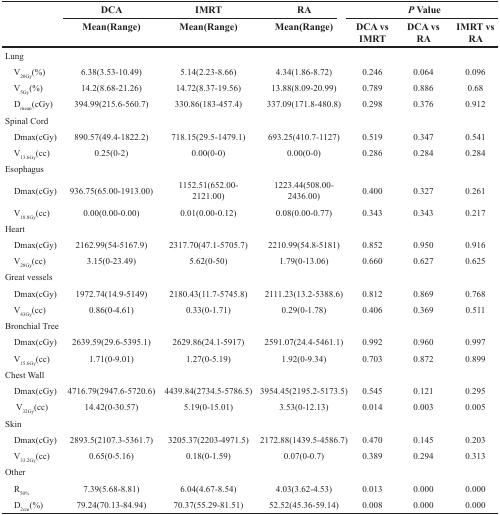
<table><thead><tr><td></td><td><b>DCA</b></td><td><b>IMRT</b></td><td><b>RA</b></td><td colspan="3"><b><i>P</i> Value</b></td></tr><tr><td></td><td><b>Mean(Range)</b></td><td><b>Mean(Range)</b></td><td><b>Mean(Range)</b></td><td><b>DCA vs IMRT</b></td><td><b>DCA vs RA</b></td><td><b>IMRT vs RA</b></td></tr></thead><tbody><tr><td>Lung</td><td></td><td></td><td></td><td></td><td></td><td></td></tr><tr><td> V<sub>20Gy</sub>(%)</td><td>6.38(3.53-10.49)</td><td>5.14(2.23-8.66)</td><td>4.34(1.86-8.72)</td><td>0.246</td><td>0.064</td><td>0.096</td></tr><tr><td> V<sub>5Gy</sub>(%)</td><td>14.2(8.68-21.26)</td><td>14.72(8.37-19.56)</td><td>13.88(8.09-20.99)</td><td>0.789</td><td>0.886</td><td>0.68</td></tr><tr><td> D<sub>mean</sub>(cGy)</td><td>394.99(215.6-560.7)</td><td>330.86(183-457.4)</td><td>337.09(171.8-480.8)</td><td>0.298</td><td>0.376</td><td>0.912</td></tr><tr><td>Spinal Cord</td><td></td><td></td><td></td><td></td><td></td><td></td></tr><tr><td> Dmax(cGy)</td><td>890.57(49.4-1822.2)</td><td>718.15(29.5-1479.1)</td><td>693.25(410.7-1127)</td><td>0.519</td><td>0.347</td><td>0.541</td></tr><tr><td> V<sub>13.6Gy</sub>(cc)</td><td>0.25(0-2)</td><td>0.00(0-0)</td><td>0.00(0-0)</td><td>0.286</td><td>0.284</td><td>0.284</td></tr><tr><td>Esophagus</td><td></td><td></td><td></td><td></td><td></td><td></td></tr><tr><td> Dmax(cGy)</td><td>936.75(65.00-1913.00)</td><td>1152.51(652.00-2121.00)</td><td>1223.44(508.00-2436.00)</td><td>0.400</td><td>0.327</td><td>0.261</td></tr><tr><td> V<sub>18.8Gy</sub>(cc)</td><td>0.00(0.00-0.00)</td><td>0.01(0.00-0.12)</td><td>0.08(0.00-0.77)</td><td>0.343</td><td>0.343</td><td>0.217</td></tr><tr><td>Heart</td><td></td><td></td><td></td><td></td><td></td><td></td></tr><tr><td> Dmax(cGy)</td><td>2162.99(54-5167.9)</td><td>2317.70(47.1-5705.7)</td><td>2210.99(54.8-5181)</td><td>0.852</td><td>0.950</td><td>0.916</td></tr><tr><td> V<sub>28Gy</sub>(cc)</td><td>3.15(0-23.49)</td><td>5.62(0-50)</td><td>1.79(0-13.06)</td><td>0.660</td><td>0.627</td><td>0.625</td></tr><tr><td>Great vessels</td><td></td><td></td><td></td><td></td><td></td><td></td></tr><tr><td> Dmax(cGy)</td><td>1972.74(14.9-5149)</td><td>2180.43(11.7-5745.8)</td><td>2111.23(13.2-5388.6)</td><td>0.812</td><td>0.869</td><td>0.768</td></tr><tr><td> V<sub>43Gy</sub>(cc)</td><td>0.86(0-4.61)</td><td>0.33(0-1.71)</td><td>0.29(0-1.78)</td><td>0.406</td><td>0.369</td><td>0.511</td></tr><tr><td>Bronchial Tree</td><td></td><td></td><td></td><td></td><td></td><td></td></tr><tr><td> Dmax(cGy)</td><td>2639.59(29.6-5395.1)</td><td>2629.86(24.1-5917)</td><td>2591.07(24.4-5461.1)</td><td>0.992</td><td>0.960</td><td>0.997</td></tr><tr><td> V<sub>15.6Gy</sub>(cc)</td><td>1.71(0-9.01)</td><td>1.27(0-5.19)</td><td>1.92(0-9.34)</td><td>0.703</td><td>0.872</td><td>0.899</td></tr><tr><td>Chest Wall</td><td></td><td></td><td></td><td></td><td></td><td></td></tr><tr><td> Dmax(cGy)</td><td>4716.79(2947.6-5720.6)</td><td>4439.84(2734.5-5786.5)</td><td>3954.45(2195.2-5173.5)</td><td>0.545</td><td>0.121</td><td>0.295</td></tr><tr><td>V<sub>32Gy</sub>(cc)</td><td>14.42(0-30.57)</td><td>5.19(0-15.01)</td><td>3.53(0-12.13)</td><td>0.014</td><td>0.003</td><td>0.005</td></tr><tr><td>Skin</td><td></td><td></td><td></td><td></td><td></td><td></td></tr><tr><td> Dmax(cGy)</td><td>2893.5(2107.3-5361.7)</td><td>3205.37(2203-4971.5)</td><td>2172.88(1439.5-4586.7)</td><td>0.470</td><td>0.145</td><td>0.203</td></tr><tr><td> V<sub>33.2Gy</sub>(cc)</td><td>0.65(0-5.16)</td><td>0.18(0-1.59)</td><td>0.07(0-0.7)</td><td>0.389</td><td>0.294</td><td>0.313</td></tr><tr><td>Other</td><td></td><td></td><td></td><td></td><td></td><td></td></tr><tr><td> R<sub>50%</sub></td><td>7.39(5.68-8.81)</td><td>6.04(4.67-8.54)</td><td>4.03(3.62-4.53)</td><td>0.013</td><td>0.000</td><td>0.000</td></tr><tr><td> D<sub>2cm</sub>(%)</td><td>79.24(70.13-84.94)</td><td>70.37(55.29-81.51)</td><td>52.52(45.36-59.14)</td><td>0.008</td><td>0.000</td><td>0.000</td></tr></tbody></table>